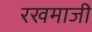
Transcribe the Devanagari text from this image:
रखमाजी